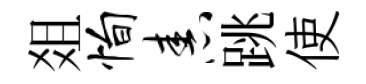
爼恂舂跳使